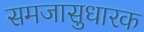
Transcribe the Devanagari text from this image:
समजासुधारक